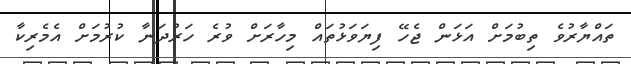
ތައްޔާރުވެ ތިބުމަށް އަަޅަން ޖެހޭ ފިޔަވަޅުތައް މިހާރަށް ވުރެ ހަރުދަނާ ކުރުމަށް އެމެރިކާ